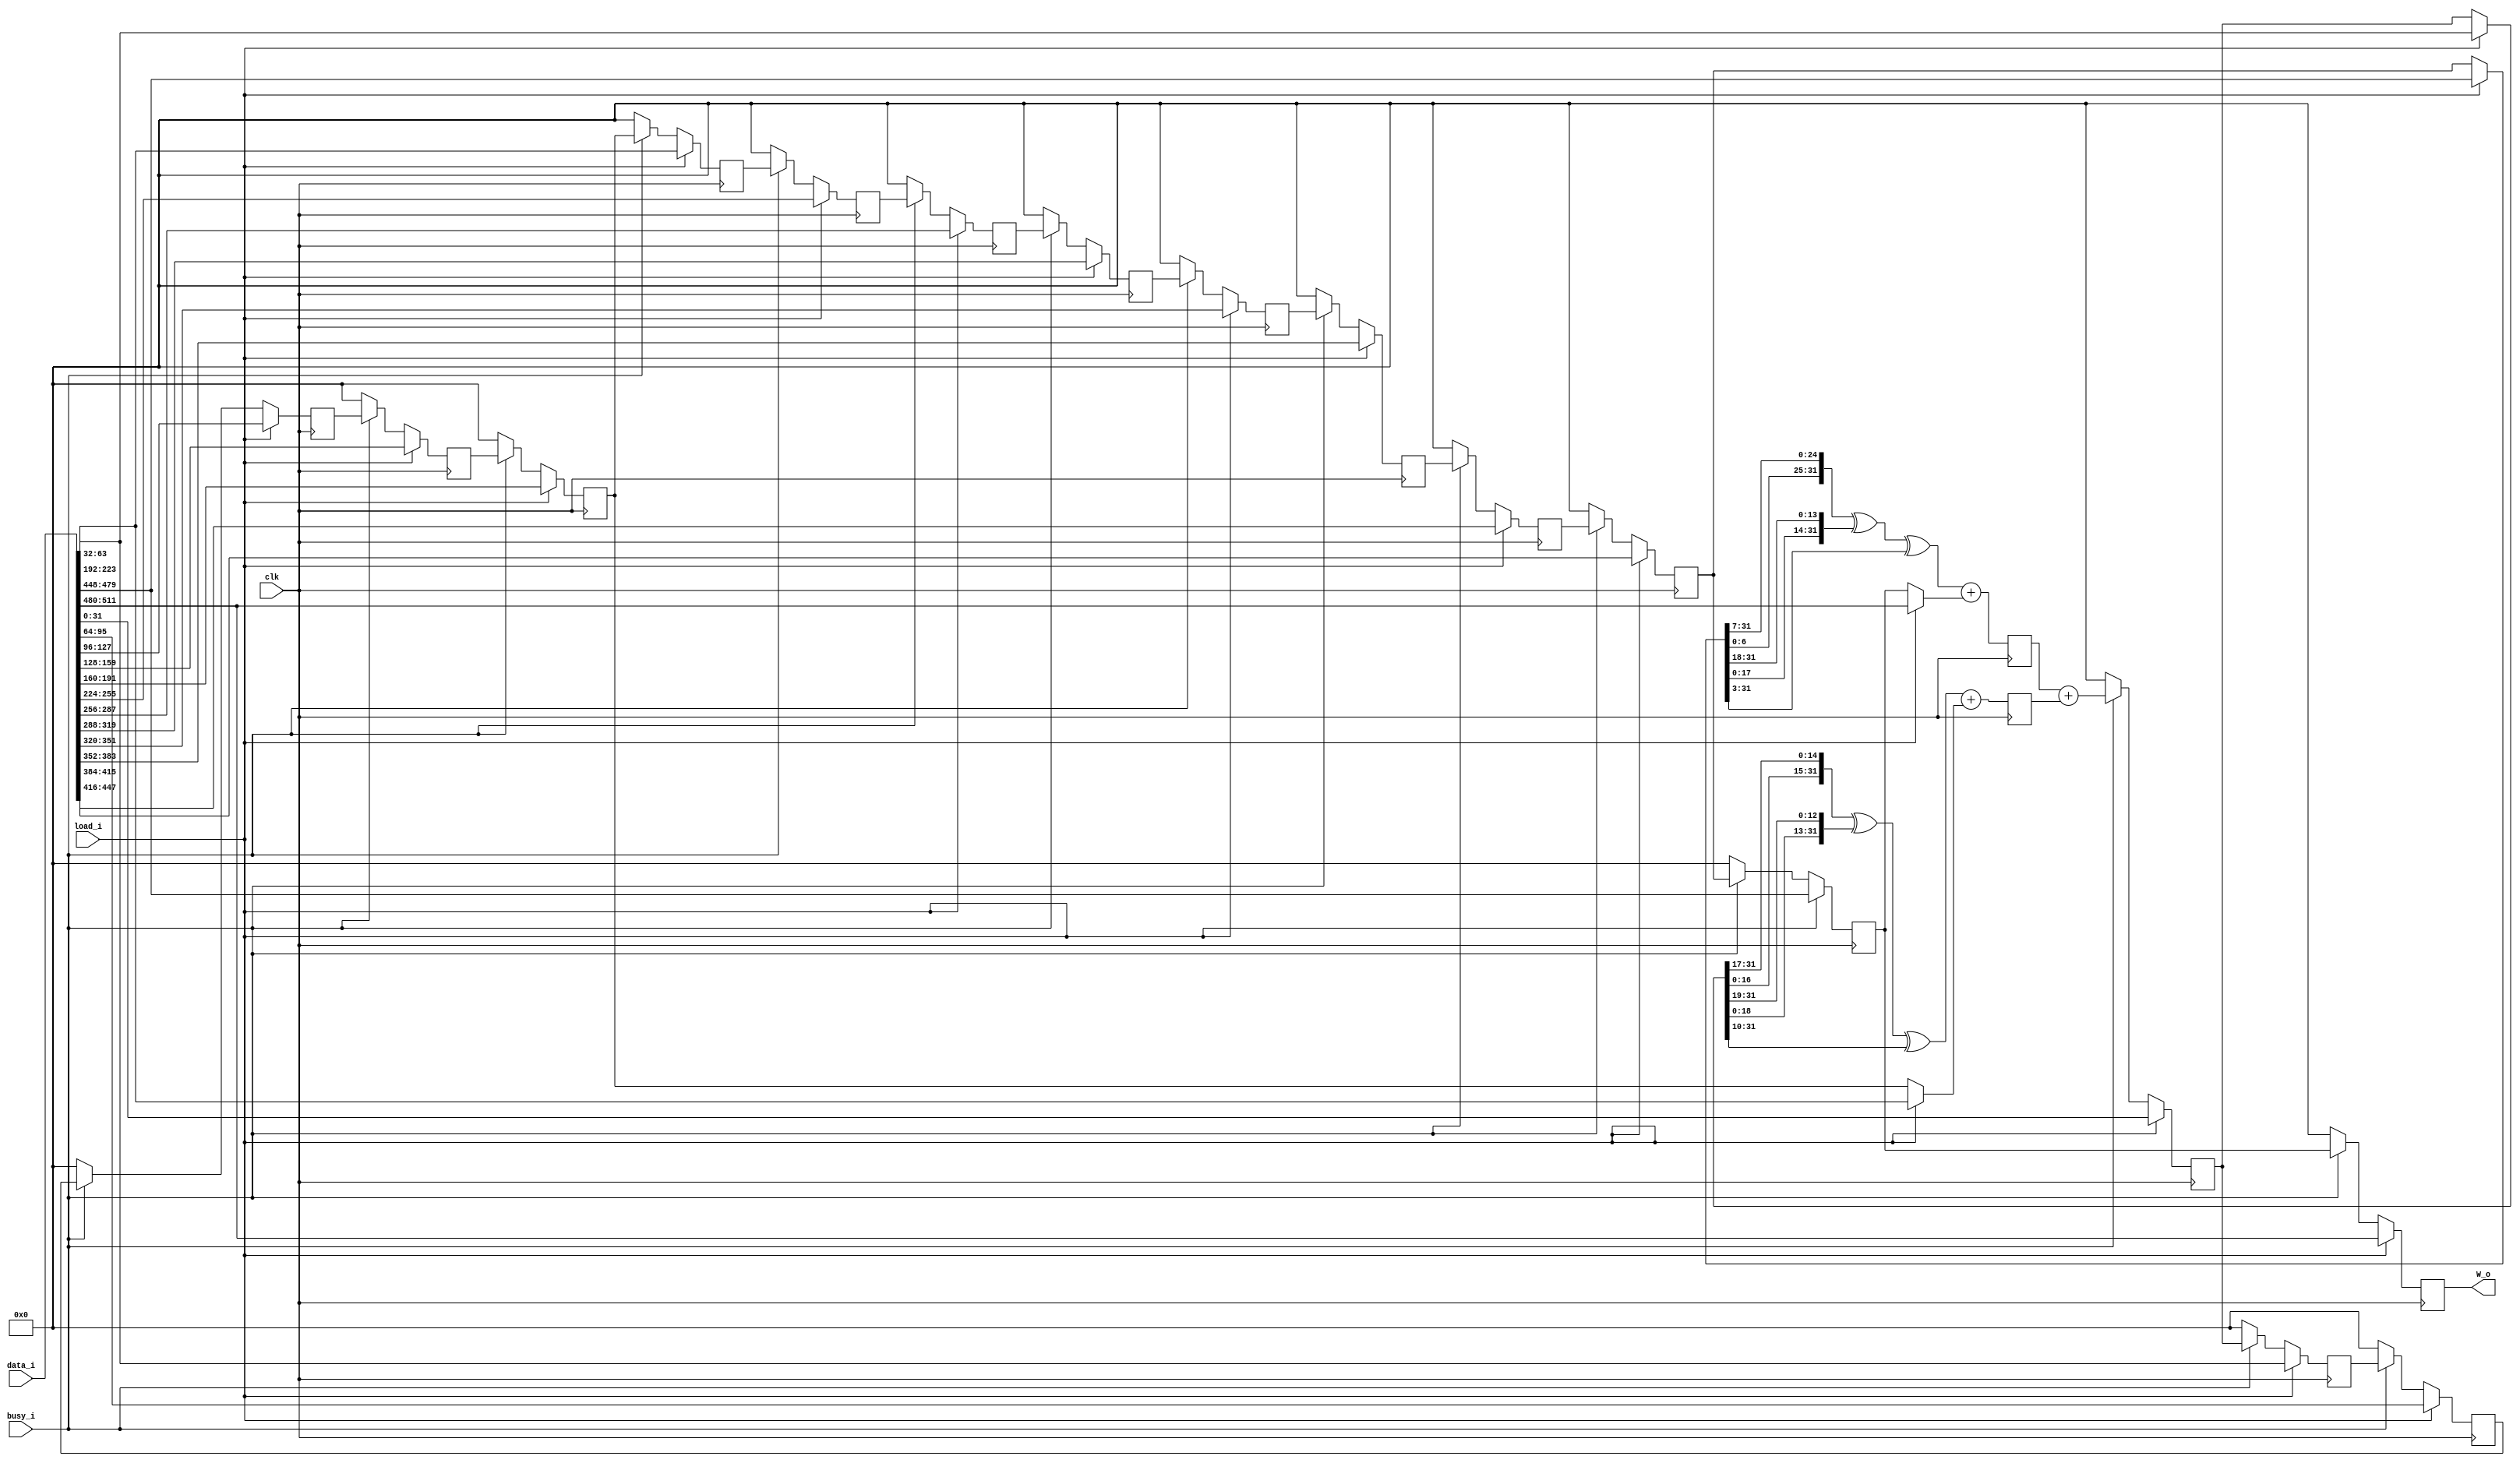
module sha256_W (
    input clk,
    input load_i,
	 input busy_i,
	 input [511:0] data_i,
    output [31:0] W_o
);

`define DATA_IDX(x) data_i[512 - (x * 32) - 1:512 - (x * 32) - 32]

reg [31:0] W[15:0];
reg [31:0] W_new00, W_new01, W_new02, W_new03, W_new04, W_new05, W_new06, W_new07;
reg [31:0] W_new08, W_new09, W_new10, W_new11, W_new12, W_new13, W_new14, W_new15;
reg [31:0] W_new;
reg [31:0] h0, h1, h0_new, h1_new;

always @(posedge clk)
begin	
	W[ 0] <= W_new00;
	W[ 1] <= W_new01;
	W[ 2] <= W_new02;
	W[ 3] <= W_new03;
	W[ 4] <= W_new04;
	W[ 5] <= W_new05;
	W[ 6] <= W_new06;
	W[ 7] <= W_new07;
	W[ 8] <= W_new08;
	W[ 9] <= W_new09;
	W[10] <= W_new10;
	W[11] <= W_new11;
	W[12] <= W_new12;
	W[13] <= W_new13;
	W[14] <= W_new14;
	W[15] <= W_new15;
		
	h0 <= h0_new;
	h1 <= h1_new;
end

assign W_o = W[0];

always @*
begin : W_update
	reg [31:0] w_0, w_1, w_9, w_14, d0, d1;
	
	W_new00 = 0;
	W_new01 = 0;
	W_new02 = 0;
	W_new03 = 0;
	W_new04 = 0;
	W_new05 = 0;
	W_new06 = 0;
	W_new07 = 0;
	W_new08 = 0;
	W_new09 = 0;
	W_new10 = 0;
	W_new11 = 0;
	W_new12 = 0;
	W_new13 = 0;
	W_new14 = 0;
	W_new15 = 0;

	w_0 = W[1];
	w_1 = W[2];
	w_9 = W[10];
	w_14 = W[15];
	
	W_new = h0 + h1;

	if(load_i)
	begin
		W_new00 = `DATA_IDX( 0);
		W_new01 = `DATA_IDX( 1);
		W_new02 = `DATA_IDX( 2);
		W_new03 = `DATA_IDX( 3);
		W_new04 = `DATA_IDX( 4);
		W_new05 = `DATA_IDX( 5);
		W_new06 = `DATA_IDX( 6);
		W_new07 = `DATA_IDX( 7);
		W_new08 = `DATA_IDX( 8);
		W_new09 = `DATA_IDX( 9);
		W_new10 = `DATA_IDX(10);
		W_new11 = `DATA_IDX(11);
		W_new12 = `DATA_IDX(12);
		W_new13 = `DATA_IDX(13);
		W_new14 = `DATA_IDX(14);
		W_new15 = `DATA_IDX(15);
		
		w_0 = `DATA_IDX(0);
		w_1 = `DATA_IDX(1);
		w_9 = `DATA_IDX(9);
		w_14 = `DATA_IDX(14);
	end
	else if(busy_i)
	begin
		W_new00 = W[ 1];
		W_new01 = W[ 2];
		W_new02 = W[ 3];
		W_new03 = W[ 4];
		W_new04 = W[ 5];
		W_new05 = W[ 6];
		W_new06 = W[ 7];
		W_new07 = W[ 8];
		W_new08 = W[ 9];
		W_new09 = W[10];
		W_new10 = W[11];
		W_new11 = W[12];
		W_new12 = W[13];
		W_new13 = W[14];
		W_new14 = W[15];
		W_new15 = W_new;
	end
	
	d0 = {w_1[ 6: 0], w_1[31: 7]} ^ {w_1[17: 0], w_1[31:18]} ^ {3'h0, w_1[31: 3]};
	d1 = {w_14[16: 0], w_14[31:17]} ^ {w_14[18: 0], w_14[31:19]} ^ {10'h0, w_14[31:10]};
	
	h0_new = d0 + w_0;
	h1_new = d1 + w_9;
end

endmodule